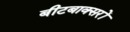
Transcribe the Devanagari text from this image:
बीटबाक्सरों